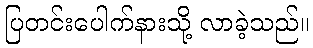
ပြတင်းပေါက်နားသို့ လာခဲ့သည်။